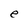
Character: e